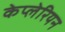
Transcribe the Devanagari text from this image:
केप्लेरियन